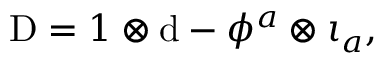
\mathrm { D } = 1 \otimes \mathrm { d } - \phi ^ { a } \otimes \iota _ { a } ,